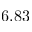
6 . 8 3